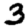
Digit: 3